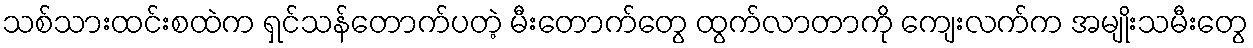
သစ်သားထင်းစထဲက ရှင်သန်တောက်ပတဲ့ မီးတောက်တွေ ထွက်လာတာကို ကျေးလက်က အမျိုးသမီးတွေ